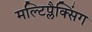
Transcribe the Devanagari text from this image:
मल्टिप्लैक्सिंग